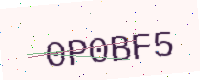
Text: 0P0BF5